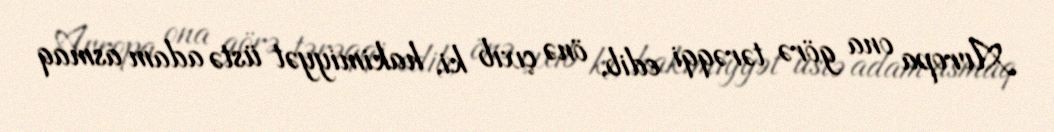
Avropa ona görə tərəqqi edib, önə çıxıb ki, hakimiyyət üstə adam asmaq